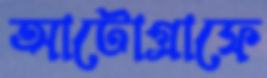
আটোগ্রাফে